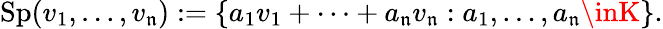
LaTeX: \operatorname{Sp}(v_{1},\ldots,v_{\mathfrak{n}}):=\{ a_{1}v_{1}+\cdots+a_{\mathfrak{n}}v_{\mathfrak{n}}:a_{1},\ldots,a_{\mathfrak{n}}\inK\} .